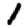
Digit: 1